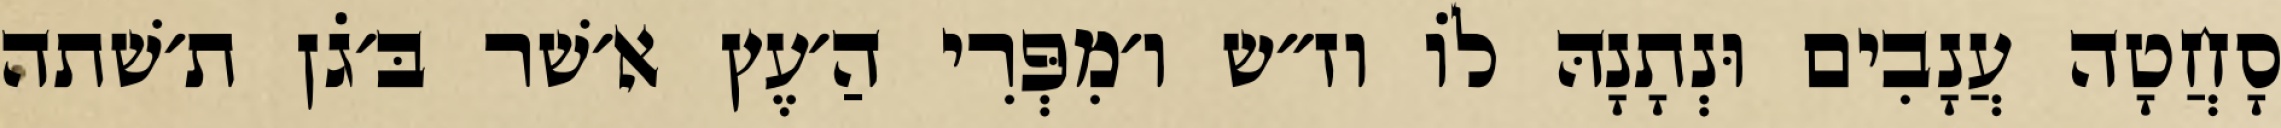
סָחֲטָה עֲנָבִים וּנְתָנָהּ לוֹ וז״ש ו׳מִפְּרִי הַ׳עֶץ א׳שׁר בּ׳גֹן ת׳שׁתה